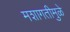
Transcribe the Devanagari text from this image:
मशागतीमुळे